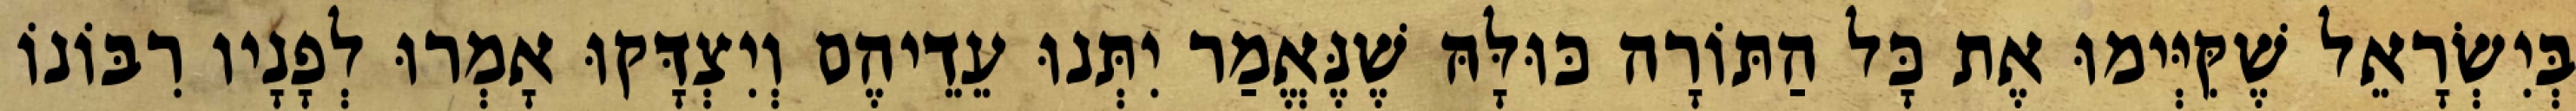
בְּיִשְׂרָאֵל שֶׁקִּיְּימוּ אֶת כָּל הַתּוֹרָה כּוּלָּהּ שֶׁנֶּאֱמַר יִתְּנוּ עֵדֵיהֶם וְיִצְדָּקוּ אָמְרוּ לְפָנָיו רִבּוֹנוֹ